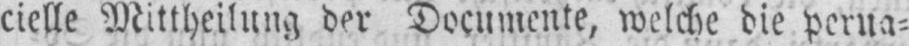
cielle Mittheilung der Documente, welche die perua⸗